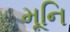
મૂનિ